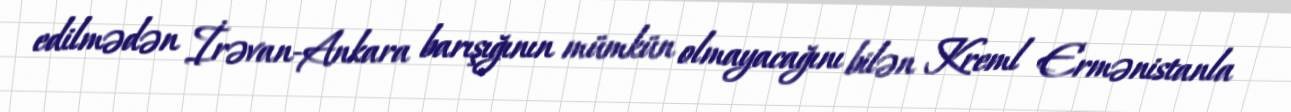
edilmədən İrəvan-Ankara barışığının mümkün olmayacağını bilən Kreml Ermənistanla